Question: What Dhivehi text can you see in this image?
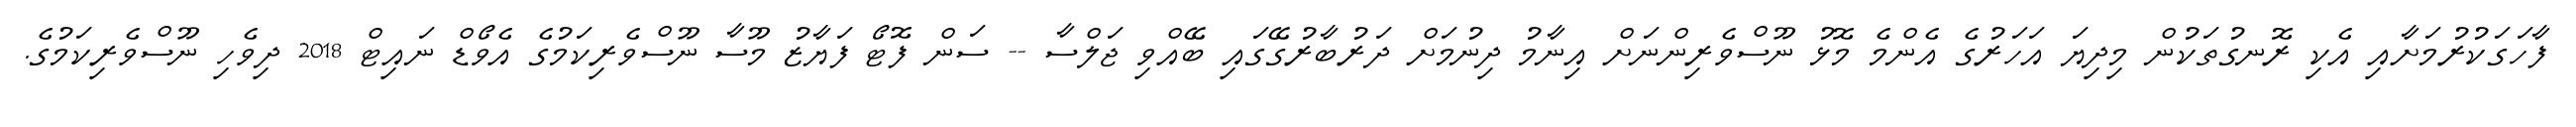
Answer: ފާހަގަކުރުމަށާއި އެކި ރޮނގުތަކުން މިދިޔަ އަހަރުގެ އެންމެ މޮޅު ނޫސްވެރިންނަށް އިނާމު ދިނުމަށް ދަރުބާރުގޭގައި ބޭއްވި ޖަލްސާ -- ސަން ފޮޓޯ ފަޔާޒު މޫސާ ނޫސްވެރިކަމުގެ އެވޯޑް ނައިޓް 2018 ދިވެހި ނޫސްވެރިކަމުގެ.